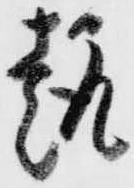
趣